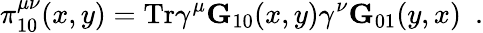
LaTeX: \pi_{10}^{\mu\nu}(x,y)=\mathrm{Tr}\gamma^{\mu}{\mathbf G}_{10}(x,y)\gamma^{\nu}{\mathbf G}_{01}(y,x)~~.